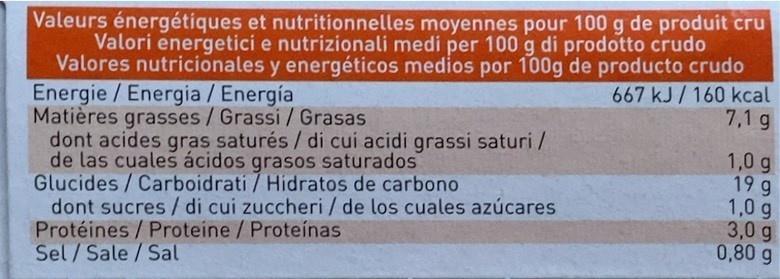
Valeurs énergétiques et nutritionnelles moyennes pour 100 g de produit cru Valori energetici e nutrizionali medi per 100 g di prodotto crudo Valores nutricionales y energéticos medios por 100g de producto crudo Energie /Energia / Energía Matières grasses/ Grassi / Grasas dont acides gras saturés / di cui acidi grassi saturi / de las cuales ácidos grasos saturados Glucides/Carboidrati / Hidratos de carbono dont sucres / di cui zuccheri / de los cuales azúcares Protéines/ Proteine / Proteínas Sel/Sale/Sal
667 kJ/160 kcal 7,1 g
1,0 g 19 g 1,0 g 3,0 g 0,80 g